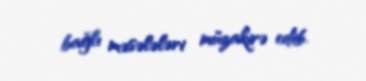
bağlı məsələləri müzakirə edib.